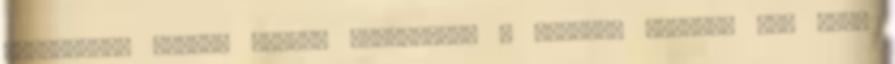
három-négy sütése nyomán lerakódott a derekam tájékán egy kis.